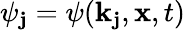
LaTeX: \psi_{\mathbf{j}}=\psi(\mathbf{{k}}_{\mathbf{j}},\mathbf{{x}},t)